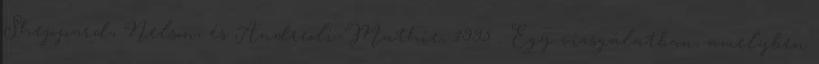
Sheppard, Nelson, és Andreoli-Mathie, 1995 . Egy vizsgálatban, amelyben